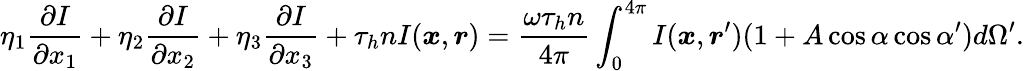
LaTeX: \eta_{1}\frac{\partial I}{\partial x_{1}}+\eta_{2}\frac{\partial I}{\partial x_{2}}+\eta_{3}\frac{\partial I}{\partial x_{3}}+\tau_{h}nI(\boldsymbol{x},\boldsymbol{r})=\frac{\omega\tau_{h}n}{4\pi}\int_{0}^{4\pi}I(\boldsymbol{x},\boldsymbol{r}^{\prime})(1+A\cos{\alpha}\cos{\alpha^{\prime}})d\Omega^{\prime}.